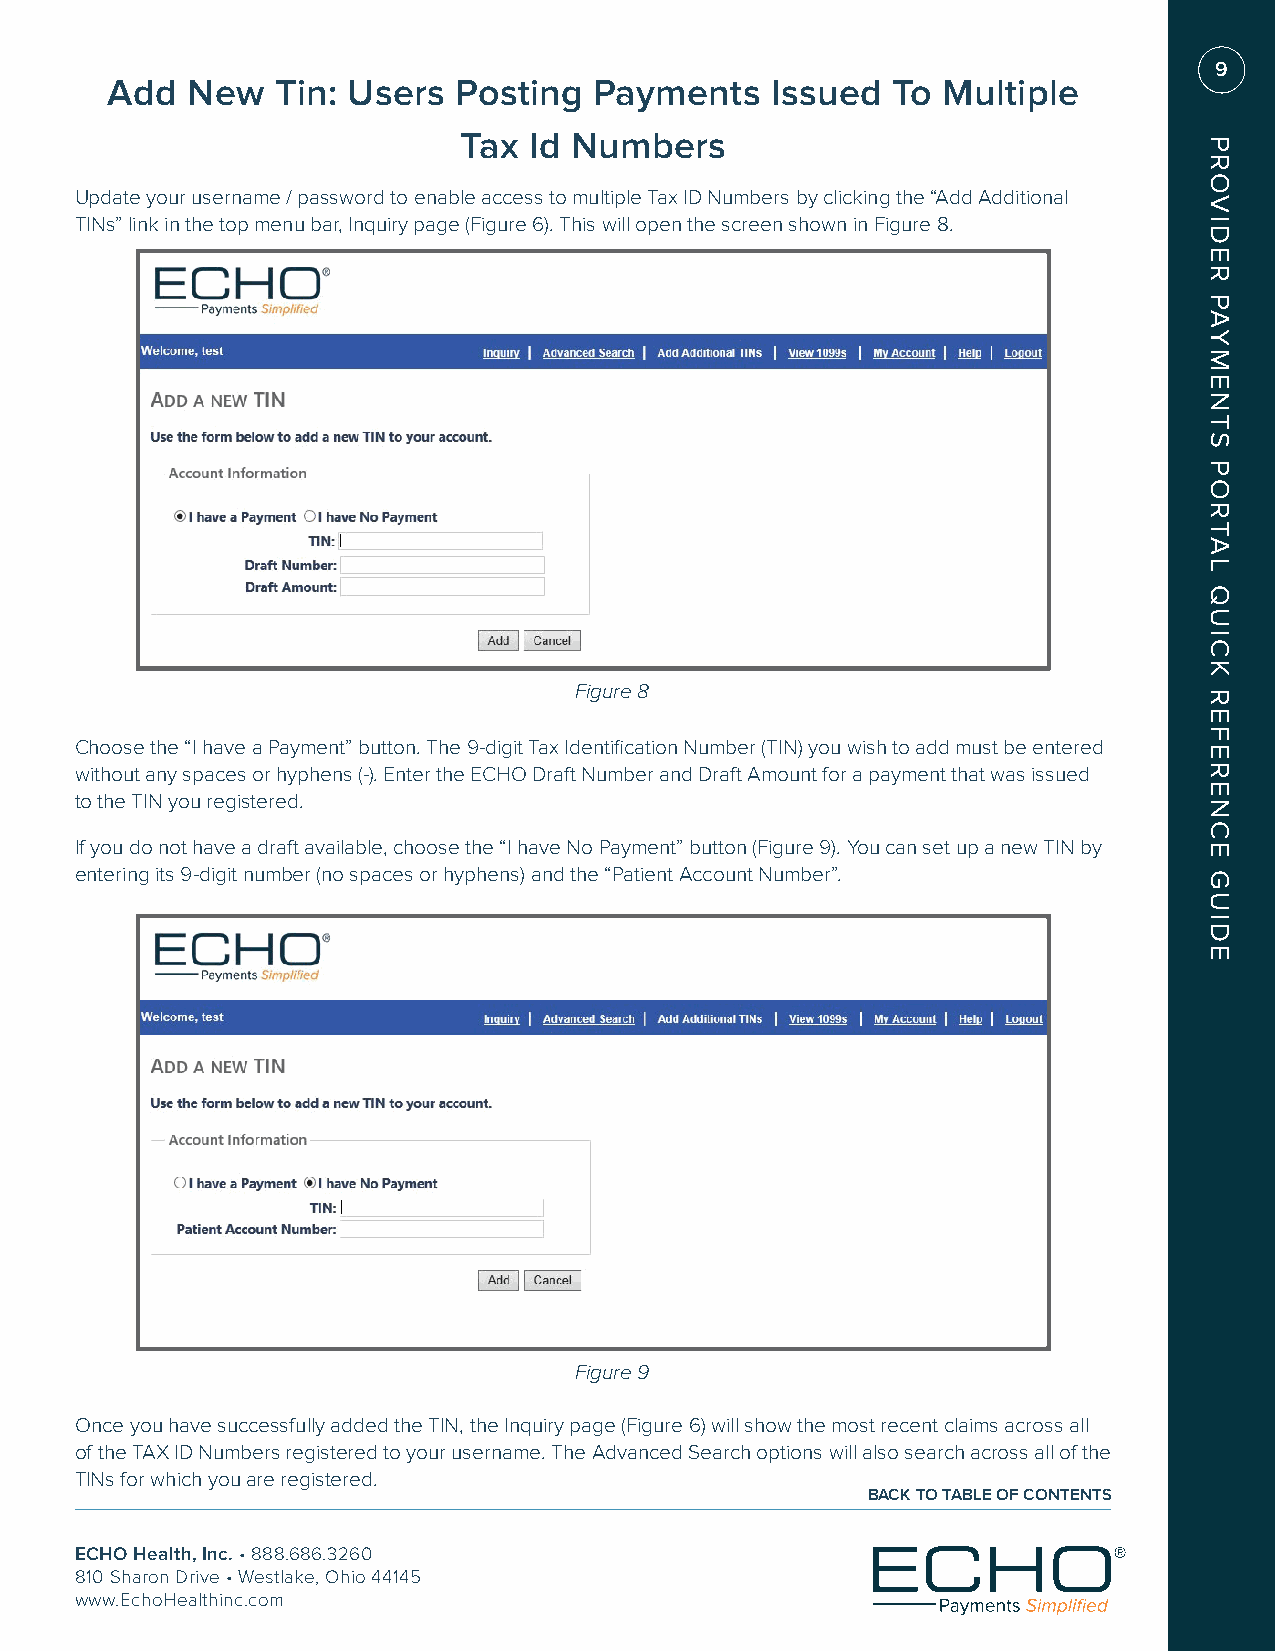
9
 Add  New   Tin: Users  Posting  Payments    Issued  To Multiple
 Tax  Id Numbers
 Update your username / password to enable access to multiple Tax ID Numbers by clicking the “Add Additional
 TINs” link in the top menu bar, Inquiry page (Figure 6). This will open the screen shown in Figure 8.
 Figure 8
 Choose the “I have a Payment” button. The 9-digit Tax Identification Number (TIN) you wish to add must be entered
 without any spaces or hyphens (-). Enter the ECHO Draft Number and Draft Amount for a payment that was issued
 to the TIN you registered.
 If you do not have a draft available, choose the “I have No Payment” button (Figure 9). You can set up a new TIN by
 entering its 9-digit number (no spaces or hyphens) and the “Patient Account Number”.
 Figure 9
 Once you have successfully added the TIN, the Inquiry page (Figure 6) will show the most recent claims across all
 of the TAX ID Numbers registered to your username. The Advanced Search options will also search across all of the
 TINs for which you are registered.
 BACK TO TABLE OF CONTENTS
 ECHO Health, Inc. • 888.686.3260
 810 Sharon Drive • Westlake, Ohio 44145
 www.EchoHealthinc.com
 PROVIDER
 PAYMENTS
 PORTAL
 QUICK
 REFERENCE
 GUIDE